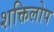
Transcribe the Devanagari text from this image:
शक्तिलोप